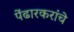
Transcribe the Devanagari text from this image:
पेंढारकरांचे